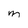
Character: m